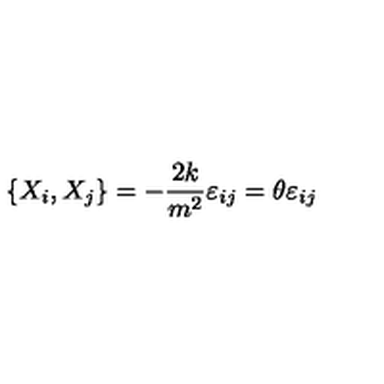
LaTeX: \left\{ X _ { i } , X _ { j } \right\} = - \frac { 2 k } { m ^ { 2 } } \varepsilon _ { i j } = \theta \varepsilon _ { i j }